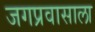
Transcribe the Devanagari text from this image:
जगप्रवासाला